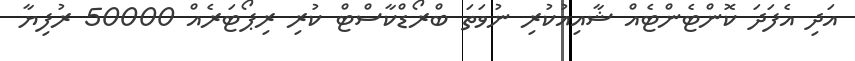
އަދި އެފަދަ ކޮންޓެންޓެއް ޝާއިއުކުރި ނުވަތަ ބްރޯޑްކާސްޓް ކުރި ރިޕޯޓަރެއް 50000 ރުފިޔާ